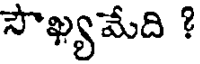
సౌఖ్యమేది ?